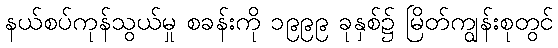
နယ်စပ်ကုန်သွယ်မှု စခန်းကို ၁၉၉၉ ခုနှစ်၌ မြိတ်ကျွန်းစုတွင်